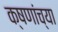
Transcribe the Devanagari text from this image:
क्षणांच्या